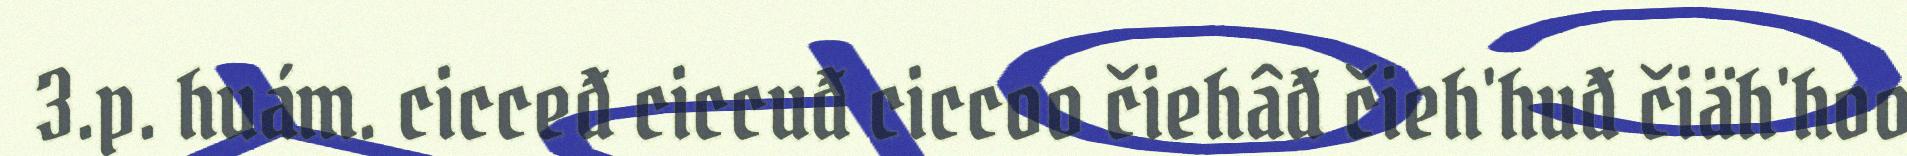
3.p. huám. cicceđ ciccuđ ciccoo čiehâđ čieh'huđ čiäh'hoo